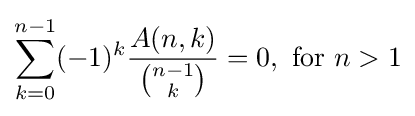
\sum _{k=0}^{n-1}(-1)^{k}{\frac {A(n,k)}{\binom {n-1}{k}}}=0,{\text{  for  }}n>1